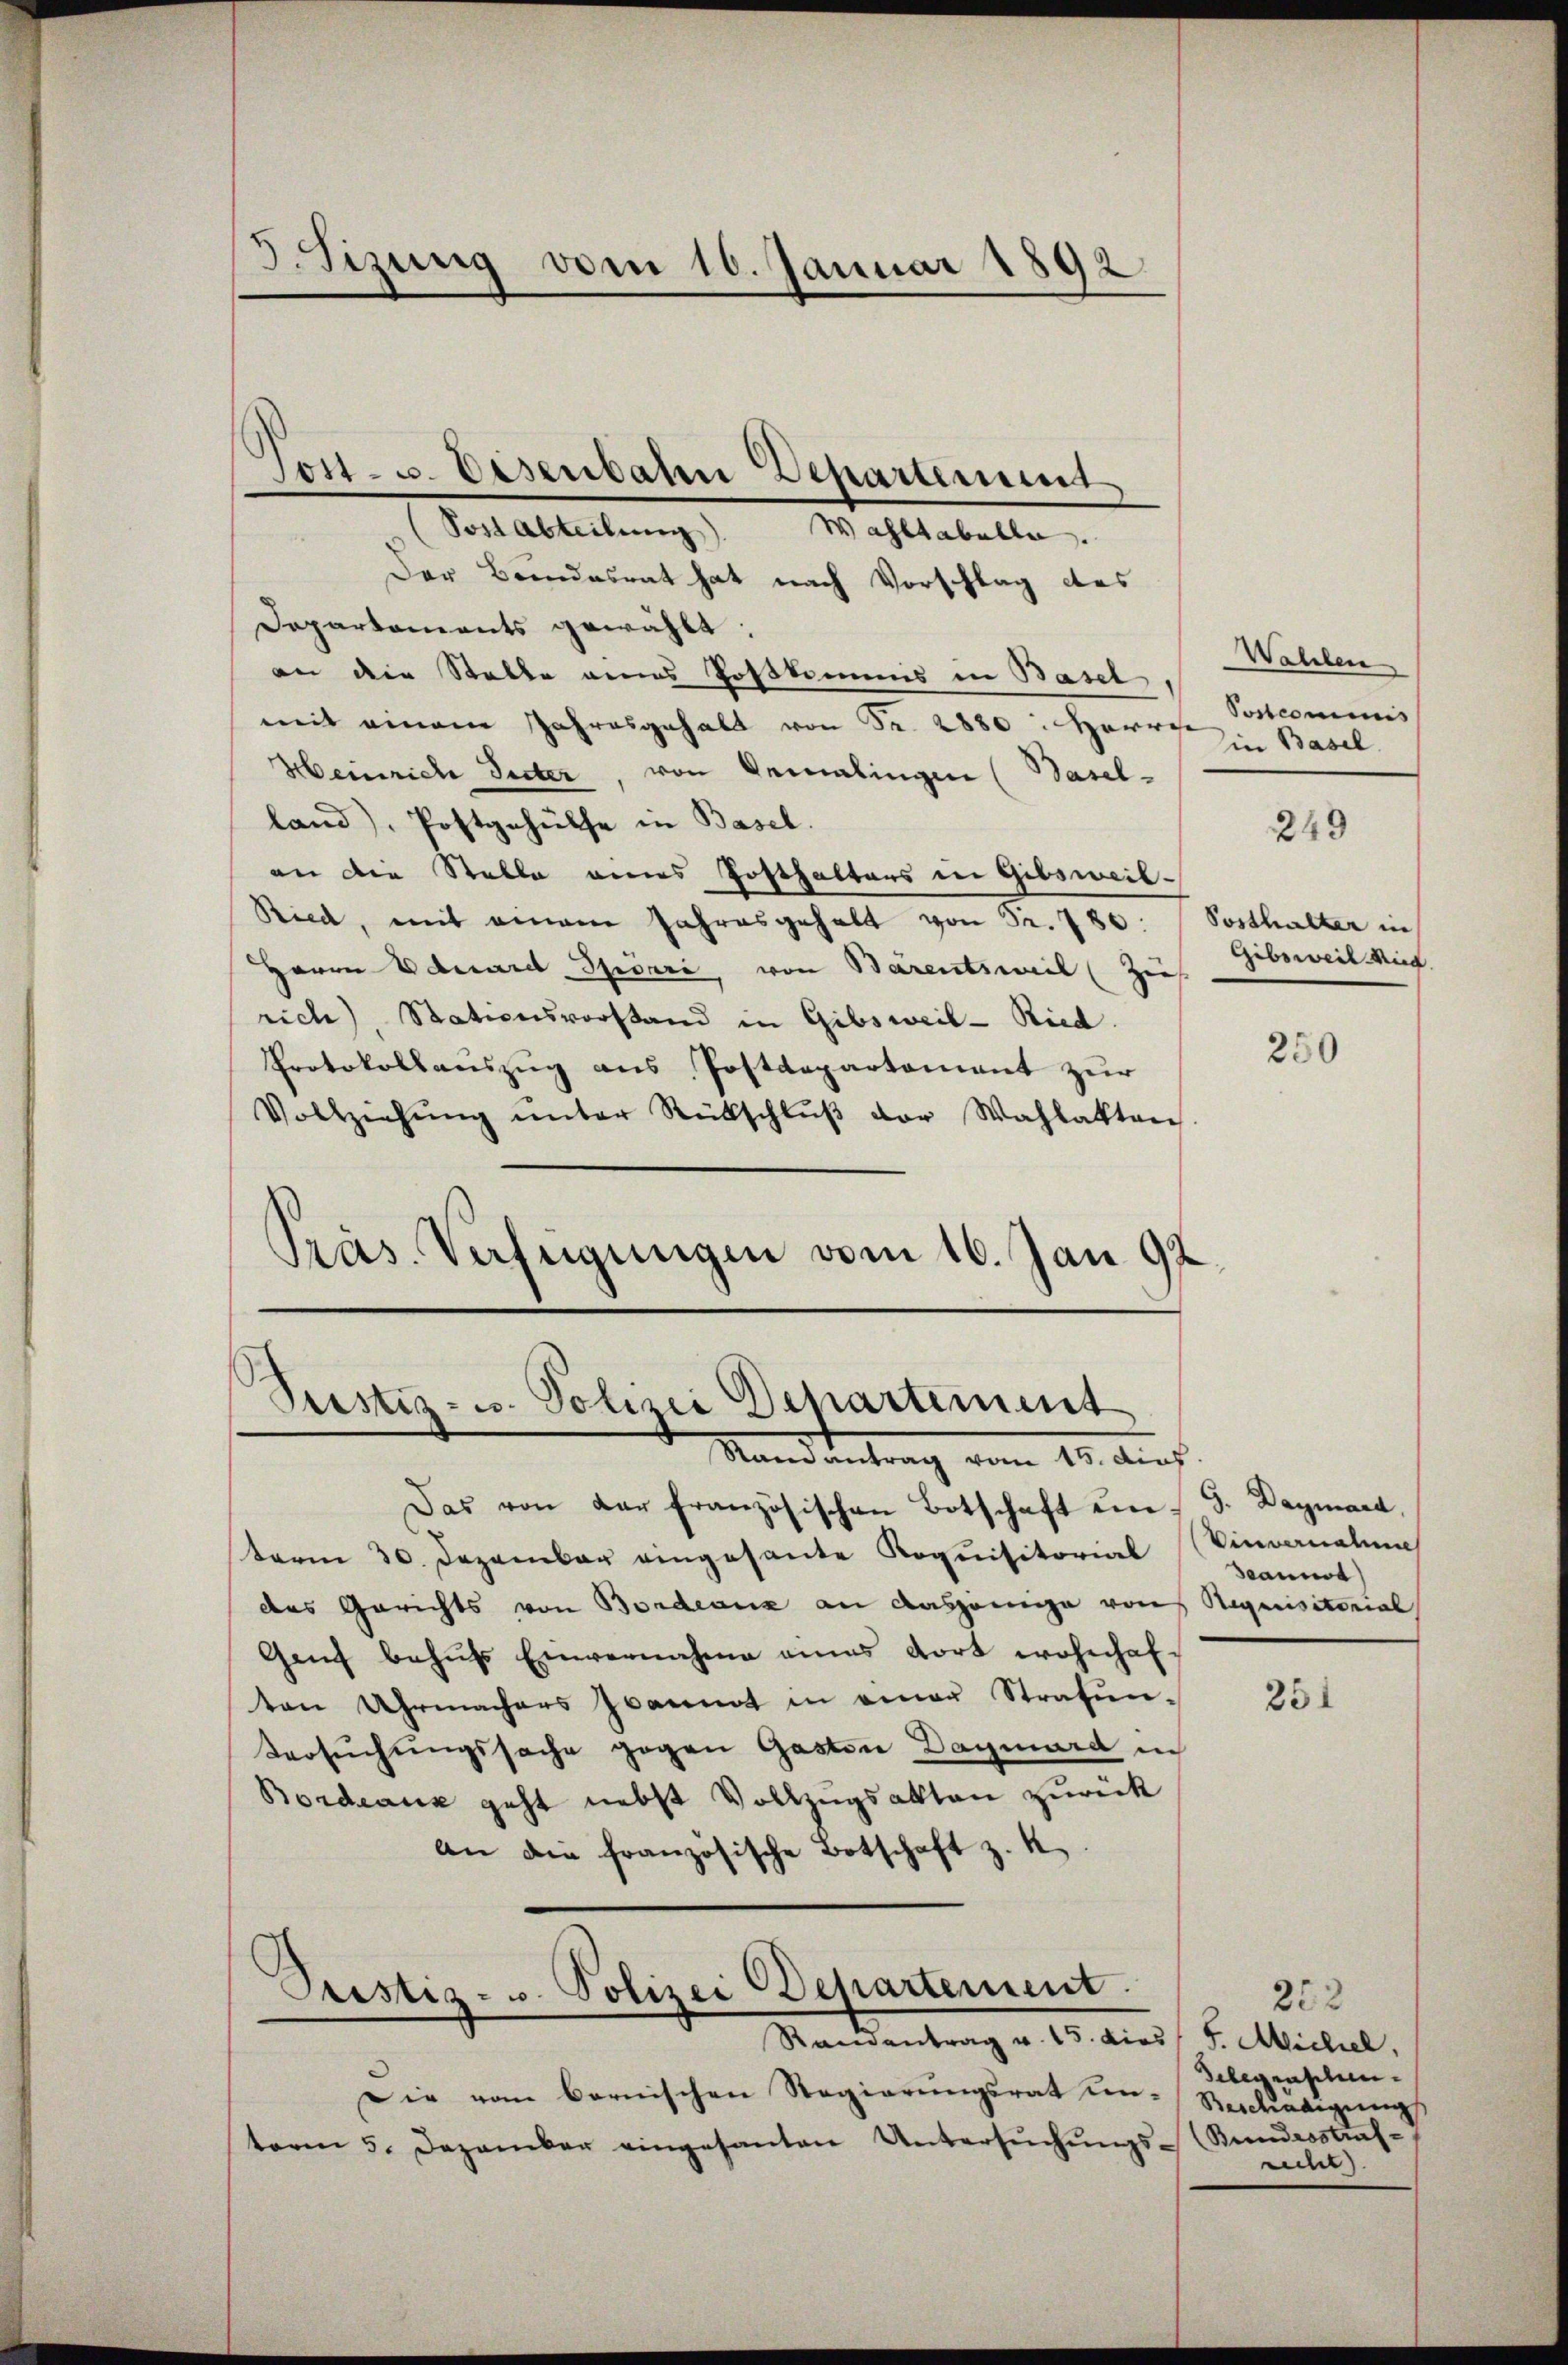
3.Sizung vom 10. Januar 1892

Post. u. Eisenbaten Departement

Vortestellung. Waltabelle
Der Beindesrat hat nach Vorschlag des
Departements gewählt.
an die Stelle eines Postkommis in Basel
mit einem Jahresgehalt von Fr. 2880: Herre
Heinrich Suter, von Gemalingen (Basel-
land), Postgehülfe in Basel.
an die Stelle eines Posthalters in Gibsweil-
Ried, mit einem Jahresgehalt von 32. 786: (Posthalter in
Herrn Eduarel Spörri von Bärentsweil (Zieh
rich), Stationsvorstand in Gibsweil-Ried.
Protokollauszug aus Postdepartement zur
Vollziehŭng ŭnter Rückschlŭβ der Wahlakten
Präs. Verfügungen vom 16. Jan 92

Prestiz- u. Polizei Departement
Standentrag vom 15. Auch

Prostiz- u. Polizei Departement.
Randantrag v. 15. dies

Die vom bernischen Regierŭngsrat un-Rercädigŭng
term 5. Dezember eingesanten Untersŭchŭngs-

Das von der französischen Botschaft uns. Daymara,
term 30. Dezember eingesante Koquisitorial Vincernalen
des Gerichts von Bordeaux an dasjenige von Requisitorial
Genf behufs Einvernahme eines dort wohnhafton Uhrmachers Joannt in einer Strafŭn-
Versuchungssache gegen Gasten Daymard in
Bordeaux geht nebst Vollzugsakten zurück
an die französische Botschaft z. K

Walden
Postcommis
Ein Basel
249
Gibsweil Nied

250

deannes)

251

252
F. Michel,
Gelegenschen.
(Bundesstrafrecht).